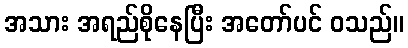
အသား အရည်စိုနေပြီး အတော်ပင် ဝသည်။